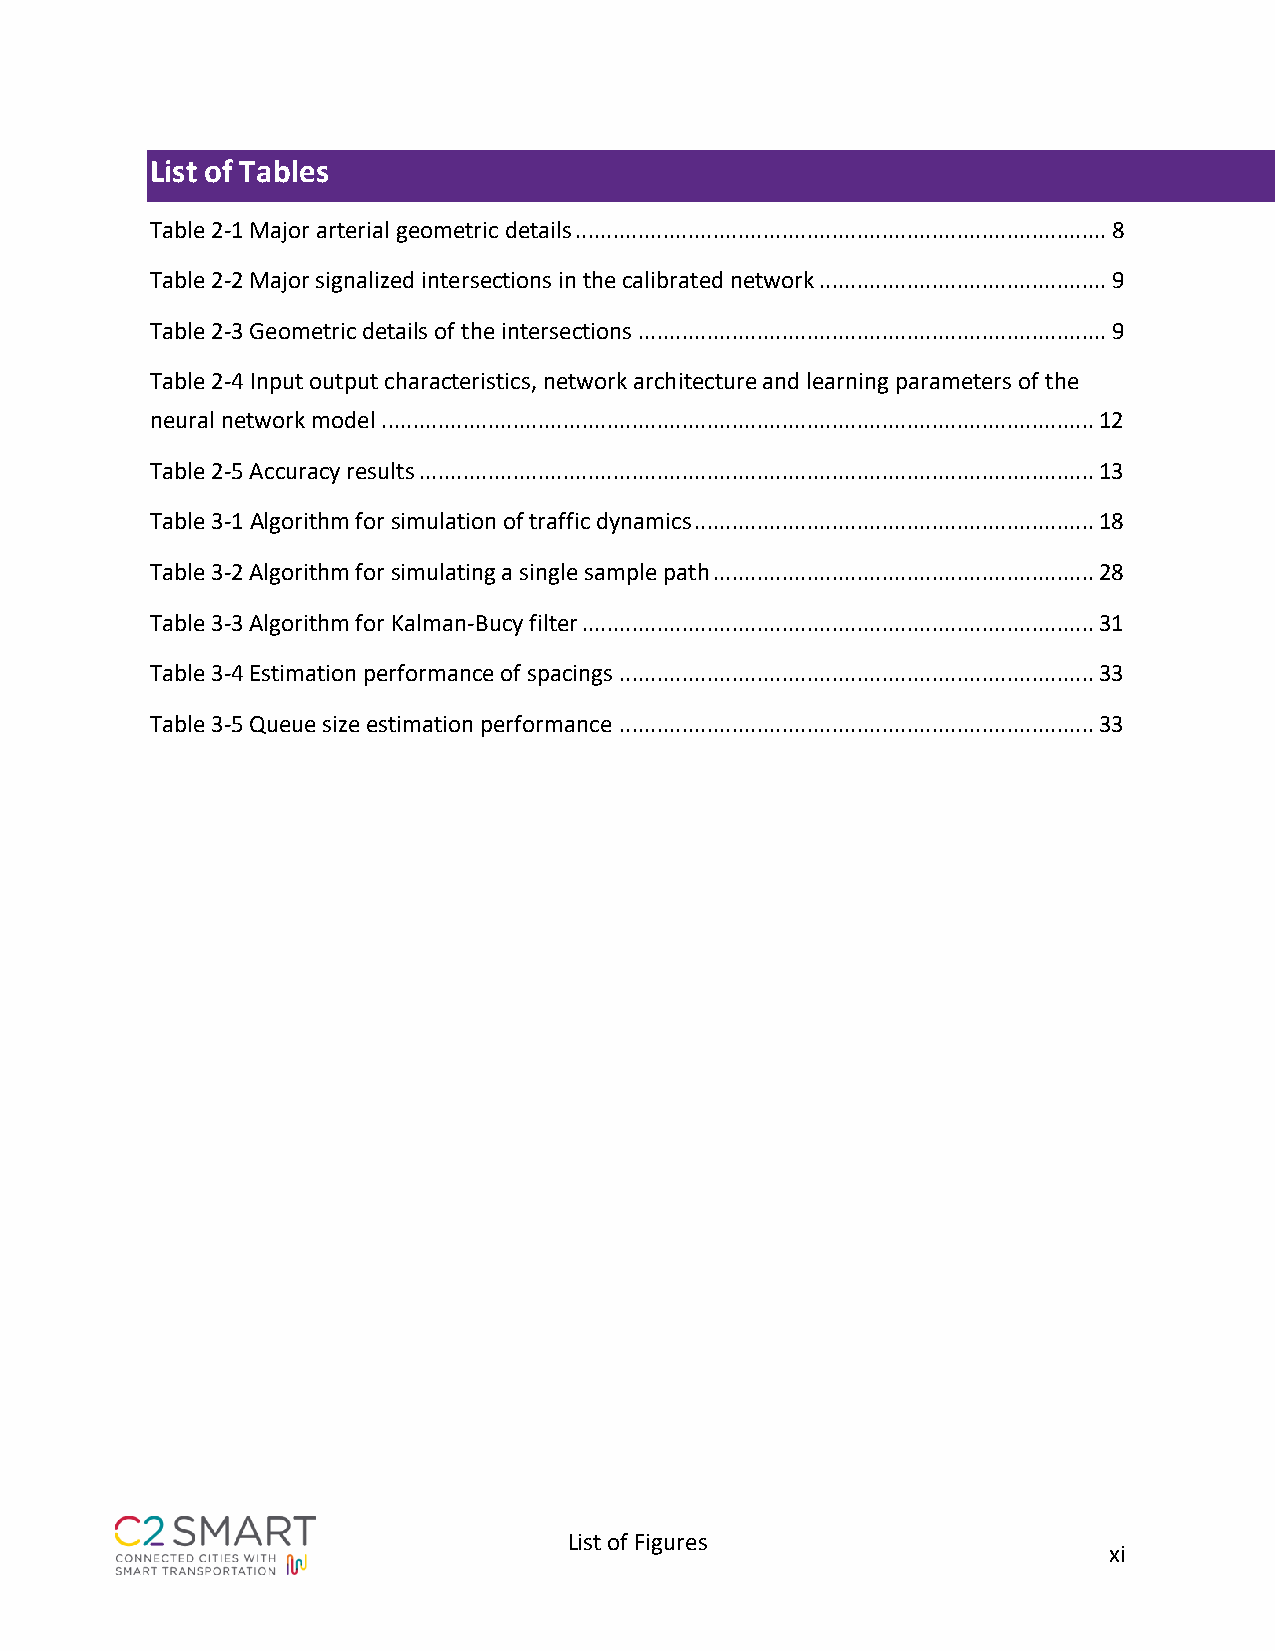
List of Tables
 Table 2-1 Major arterial geometric details ..................................................................................... 8
 Table 2-2 Major signalized intersections in the calibrated network .............................................. 9
 Table 2-3 Geometric details of the intersections ........................................................................... 9
 Table 2-4 Input output characteristics, network architecture and learning parameters of the
 neural network model .................................................................................................................. 12
 Table 2-5 Accuracy results ............................................................................................................ 13
 Table 3-1 Algorithm for simulation of traffic dynamics ................................................................ 18
 Table 3-2 Algorithm for simulating a single sample path ............................................................. 28
 Table 3-3 Algorithm for Kalman-Bucy filter .................................................................................. 31
 Table 3-4 Estimation performance of spacings ............................................................................ 33
 Table 3-5 Queue size estimation performance ............................................................................ 33
 List of Figures
 xi